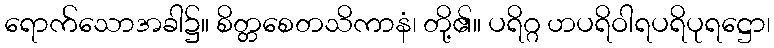
ရောက်သောအခါ၌။ စိတ္တစေတသိကာနံ၊ တို့၏။ ပရိဂ္ဂ ဟပရိဝါရပရိပုရဋ္ဌော၊